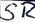
Text: SR